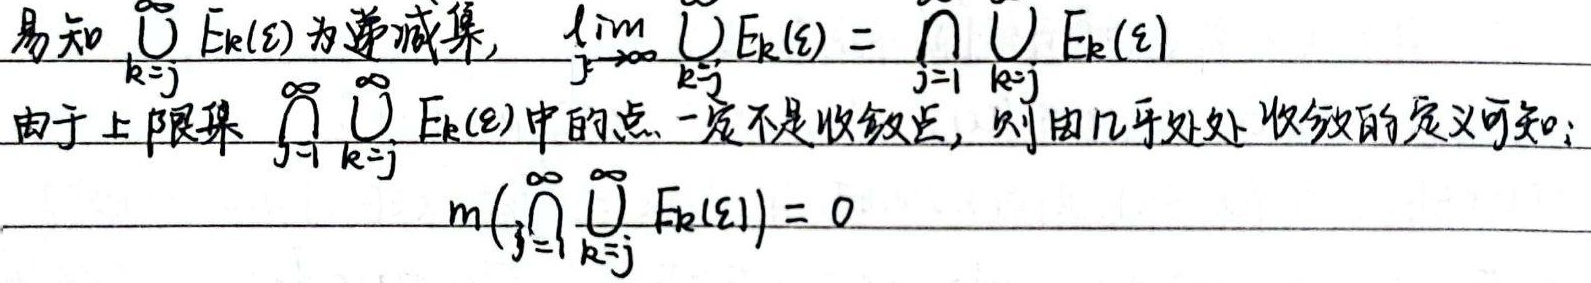
易知 \(\bigcup_{k = j}^{\infty}E_{k}(\varepsilon)\) 为递减集，\(\lim_{j\rightarrow\infty}\bigcup_{k = j}^{\infty}E_{k}(\varepsilon)=\bigcap_{j = 1}^{\infty}\bigcup_{k = j}^{\infty}E_{k}(\varepsilon)\)。由于上限集 \(\bigcap_{j = 1}^{\infty}\bigcup_{k = j}^{\infty}E_{k}(\varepsilon)\) 中的点一定不是收敛点，则由几乎处处收敛的定义可知：\(m\left(\bigcap_{j = 1}^{\infty}\bigcup_{k = j}^{\infty}E_{k}(\varepsilon)\right)= 0\)